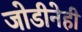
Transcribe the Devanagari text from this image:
जोडीनेही